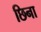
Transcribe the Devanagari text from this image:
छिना